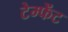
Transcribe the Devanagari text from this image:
टेम्फेंट